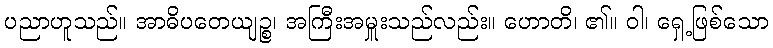
ပညာဟူသည်။ အာဓိပတေယျဉ္စ၊ အကြီးအမှူးသည်လည်း။ ဟောတိ၊ ၏။ ဝါ၊ ရှေ့ဖြစ်သော